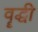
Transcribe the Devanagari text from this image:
वॄद्धी